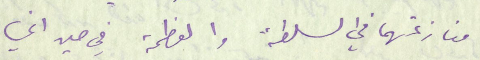
منازعتهما في السلطة والعظمة في حين اني